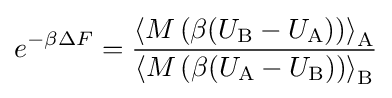
e^{-\beta \Delta F}={\frac {\left\langle M\left(\beta (U_{\text{B}}-U_{\text{A}})\right)\right\rangle _{\text{A}}}{\left\langle M\left(\beta (U_{\text{A}}-U_{\text{B}})\right)\right\rangle _{\text{B}}}}